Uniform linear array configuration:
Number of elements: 8
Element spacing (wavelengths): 0.75
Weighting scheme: kaiser
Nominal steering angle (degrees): -15
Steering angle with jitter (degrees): -14.722
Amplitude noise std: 0.05
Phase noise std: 0.05

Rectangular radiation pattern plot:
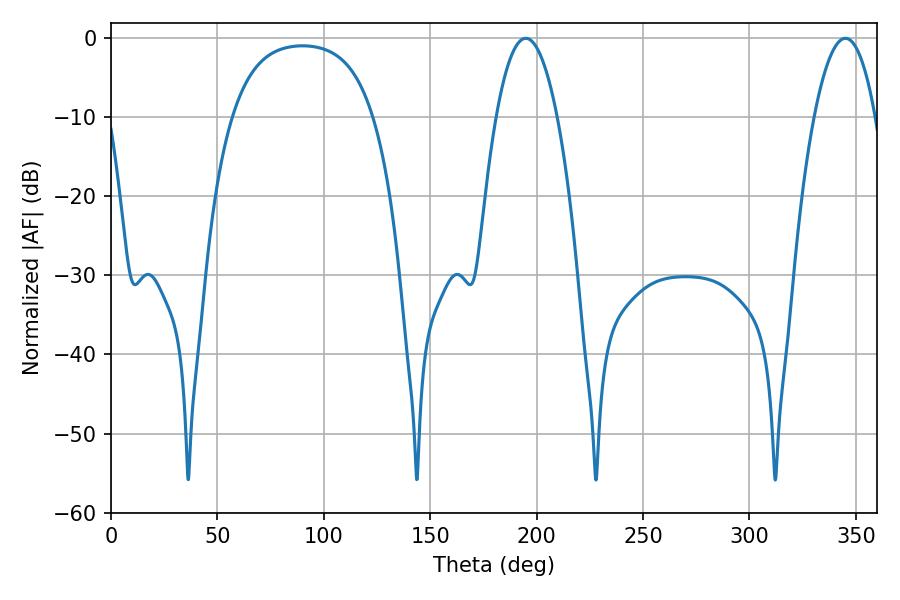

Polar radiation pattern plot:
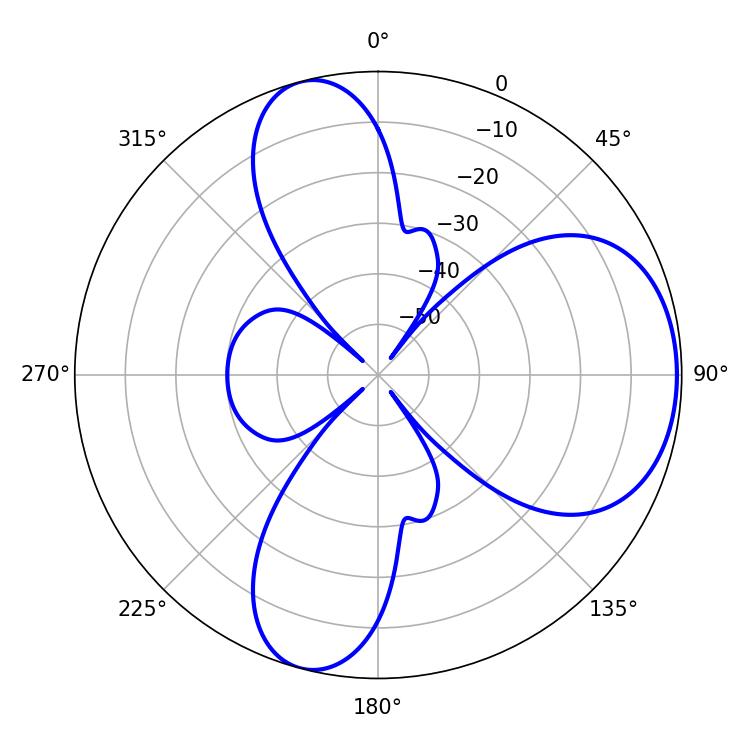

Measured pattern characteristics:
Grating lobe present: TRUE
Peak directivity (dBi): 6.445
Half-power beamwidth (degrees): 16.02
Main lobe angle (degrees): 345.06